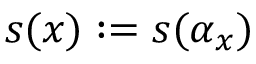
s ( x ) : = s ( \alpha _ { x } )